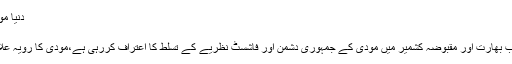
دنیا مودی کے جمہوری دشمن نظریے کے تسلط کا اعتراف
11:39 AM, 25 Jan, 2020
اسلام آباد:وزیراعظم عمران خان نے کہا ہے کہ دنیا اب بھارت اور مقبوضہ کشمیر میں مودی کے جمہوری دشمن اور فاشسٹ نظریے کے تسلط کا اعتراف کررہی ہے،مودی کا رویہ علاقائی امن و استحکام کے لئے سب سے بڑا خطرہ ہے۔